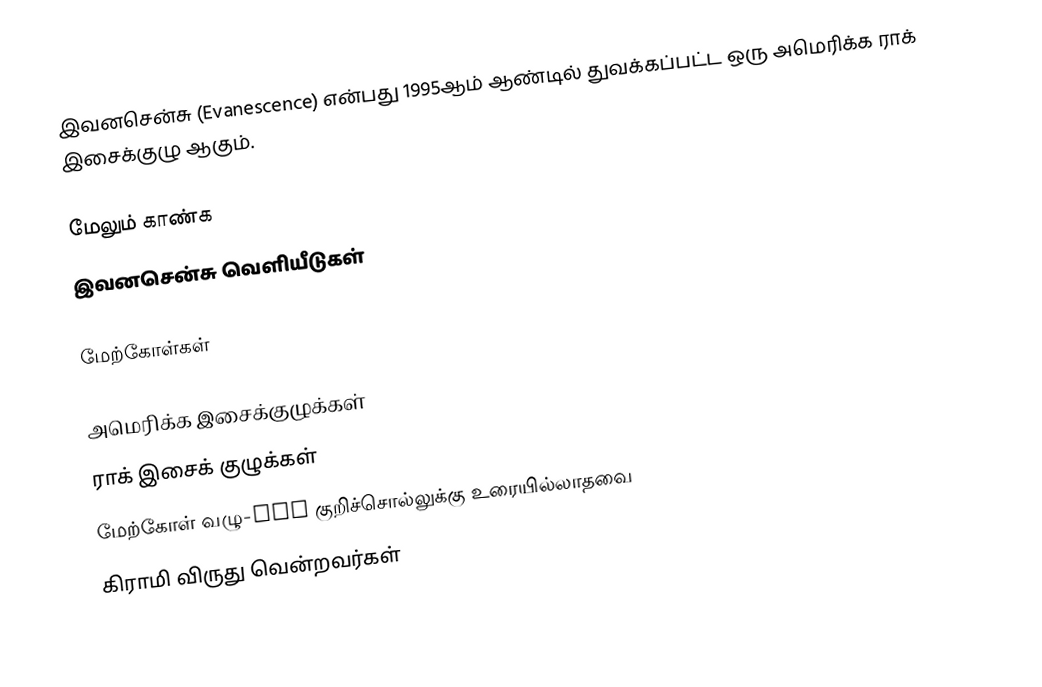
இவனசென்சு (Evanescence) என்பது 1995ஆம் ஆண்டில் துவக்கப்பட்ட ஒரு அமெரிக்க ராக் இசைக்குழு ஆகும்.

மேலும் காண்க
 இவனசென்சு வெளியீடுகள்

மேற்கோள்கள்

அமெரிக்க இசைக்குழுக்கள்
ராக் இசைக் குழுக்கள்
மேற்கோள் வழு-ref குறிச்சொல்லுக்கு உரையில்லாதவை
கிராமி விருது வென்றவர்கள்